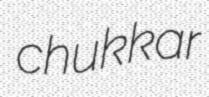
chukkar